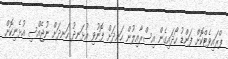
ޕްރައިވެޓްކޮށް ފަންޑު ހޯދައިގެން އިސްރާއިލުން ހަނދަށް ފޮނުވި އުޅަނދު ހަނދަށް ނުޖެއްސި އުޅެނިކޮށް